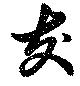
友